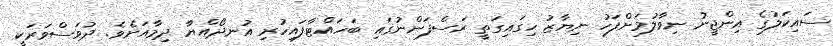
ސައިކަލުގެ އިންޖީނު ނިވާލުމަށްފަހު ނިޔާޒު ހިގައިގަތީ ރަސްފަންނުގައި ބަހައްޓާފައިހުރި އުނދޯއްޔާ ދިމާއަށެވެ. ދުވަސްވަރަކީ